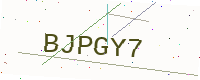
Text: BJPGY7